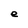
Character: e